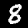
Label: 8